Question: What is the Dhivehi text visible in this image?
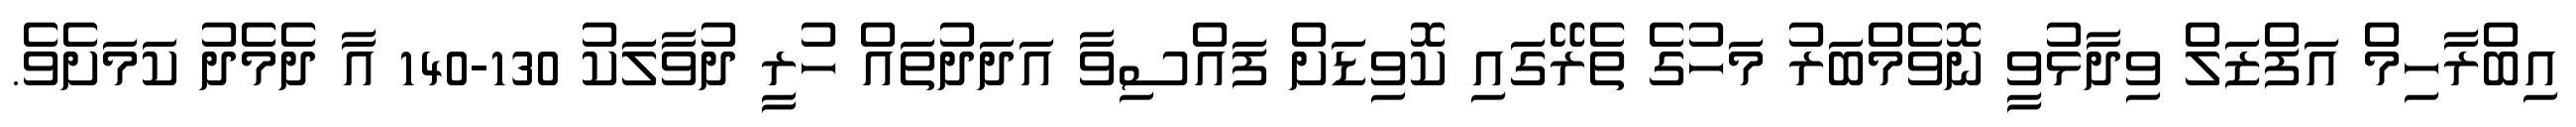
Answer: އިބްރާހިމް އަފްޒަލް ވިދާޅުވީ ނޮވެމްބަރު މަހުގެ ތެރޭގައި ކޮވިޑަށް ފައްސިވާ އަދަދުތައް ހުރީ ދުވާލަކު 130-140 އާ ދެމެދު ކަމަށެވެ.